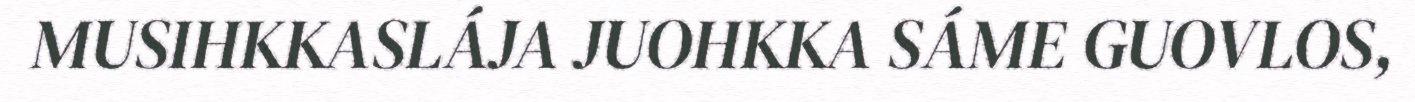
MUSIHKKASLÁJA JUOHKKA SÁME GUOVLOS,